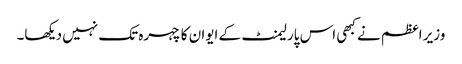
وزیر اعظم نے کبھی اس پارلیمنٹ کے ایوان کا چہرہ تک نہیں دیکھا۔